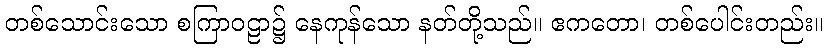
တစ်သောင်းသော စကြာဝဠာ၌ နေကုန်သော နတ်တို့သည်။ ဧကတော၊ တစ်ပေါင်းတည်း။